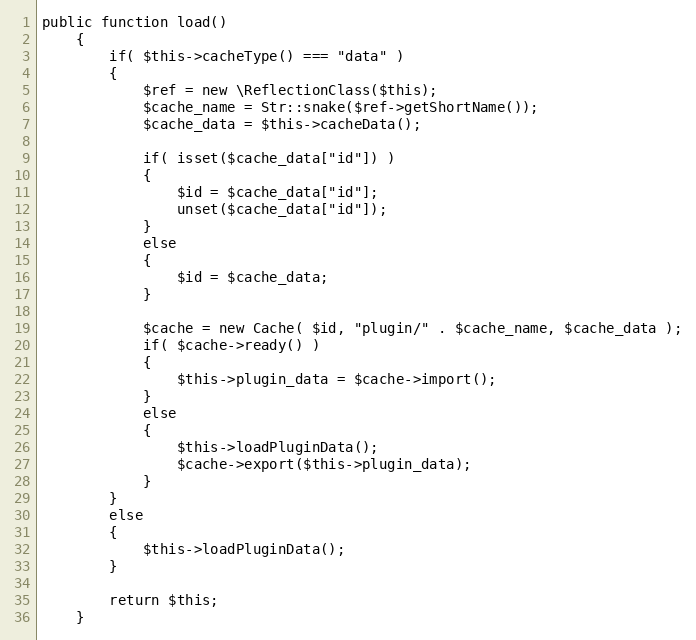
Language: PHP
public function load()
	{
		if( $this->cacheType() === "data" )
		{
			$ref = new \ReflectionClass($this);
			$cache_name = Str::snake($ref->getShortName());
			$cache_data = $this->cacheData();

			if( isset($cache_data["id"]) )
			{
				$id = $cache_data["id"];
				unset($cache_data["id"]);
			}
			else
			{
				$id = $cache_data;
			}

			$cache = new Cache( $id, "plugin/" . $cache_name, $cache_data );
			if( $cache->ready() )
			{
				$this->plugin_data = $cache->import();
			}
			else
			{
				$this->loadPluginData();
				$cache->export($this->plugin_data);
			}
		}
		else
		{
			$this->loadPluginData();
		}

		return $this;
	}